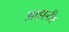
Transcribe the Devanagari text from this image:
आइएटीए